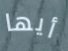
أيها